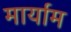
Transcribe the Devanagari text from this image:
मार्याम